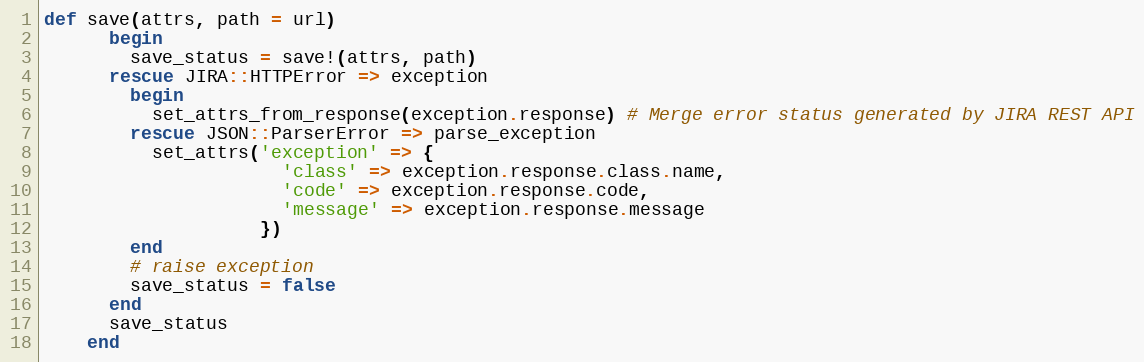
Language: Ruby
def save(attrs, path = url)
      begin
        save_status = save!(attrs, path)
      rescue JIRA::HTTPError => exception
        begin
          set_attrs_from_response(exception.response) # Merge error status generated by JIRA REST API
        rescue JSON::ParserError => parse_exception
          set_attrs('exception' => {
                      'class' => exception.response.class.name,
                      'code' => exception.response.code,
                      'message' => exception.response.message
                    })
        end
        # raise exception
        save_status = false
      end
      save_status
    end